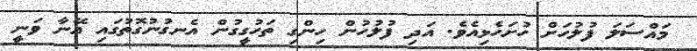
މައްސަލަ ފުލުހަށް ހުށަހެޅިއެވެ. އަދި ފުލުހުން ހިންގި ތަހުގީގުން އެނގުނުގޮތުގައި އޭނާ ވަނީ